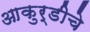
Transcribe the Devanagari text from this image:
आकुर्डीचे